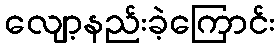
လျော့နည်းခဲ့ကြောင်း